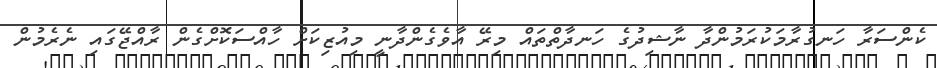
ކެންސަރާ ހަނގުރާމަކުރަމުންދާ ނާޝިދުގެ ހަނދާތްތައް މިރޭ އާވެގެންދާނީ މިއުޒިކަށް ހާއްސަކޮށްގެން ރާއްޖޭގައި ނެރެމުން